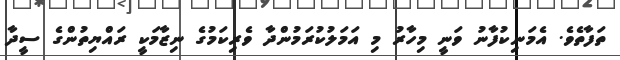
ތަފާތެވެ. އެމަނިކުފާނު ވަނީ މިހާރު މި އަމަލުކުރަމުންދާ ވެރިކަމުގެ ނިޒާމަކީ ރައްޔިތުންގެ ސީދާ